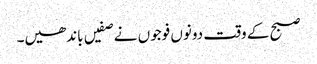
صبح کے وقت دونوں فوجوں نے صفیں باندھیں۔